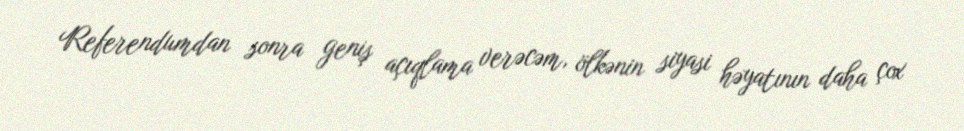
Referendumdan sonra geniş açıqlama verəcəm, ölkənin siyasi həyatının daha çox